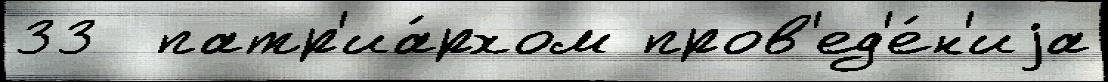
33  патр'иа́рхом пров'ед'е́н'иjа